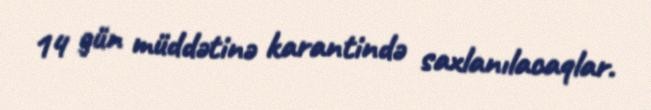
14 gün müddətinə karantində saxlanılacaqlar.